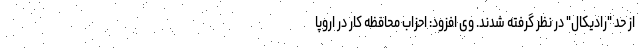
از حد "رادیکال" در نظر گرفته شدند. وی افزود: احزاب محافظه کار در اروپا